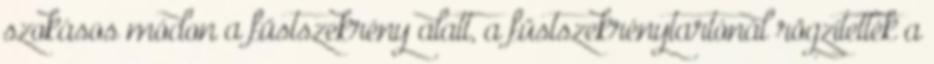
szokásos módon a füstszekrény alatt, a füstszekrénytartónál rögzítették a